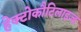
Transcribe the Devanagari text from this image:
हेक्टोकौटिलाइज्ड